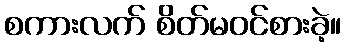
စကားလက် စိတ်မဝင်စားခဲ့။